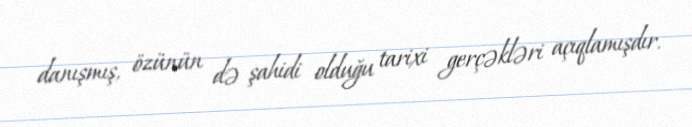
danışmış, özünün də şahidi olduğu tarixi gerçəkləri açıqlamışdır.